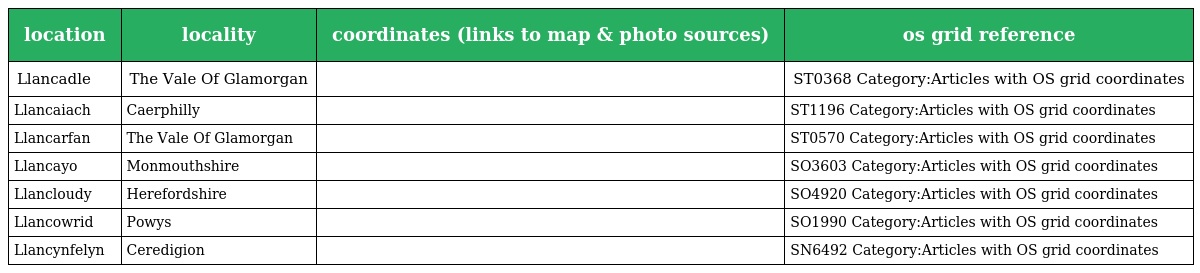
| location | locality | coordinates (links to map & photo sources) | os grid reference |
 | --- | --- | --- | --- |
 | Llancadle | The Vale Of Glamorgan |  | ST0368 Category:Articles with OS grid coordinates |
 | Llancaiach | Caerphilly |  | ST1196 Category:Articles with OS grid coordinates |
 | Llancarfan | The Vale Of Glamorgan |  | ST0570 Category:Articles with OS grid coordinates |
 | Llancayo | Monmouthshire |  | SO3603 Category:Articles with OS grid coordinates |
 | Llancloudy | Herefordshire |  | SO4920 Category:Articles with OS grid coordinates |
 | Llancowrid | Powys |  | SO1990 Category:Articles with OS grid coordinates |
 | Llancynfelyn | Ceredigion |  | SN6492 Category:Articles with OS grid coordinates |